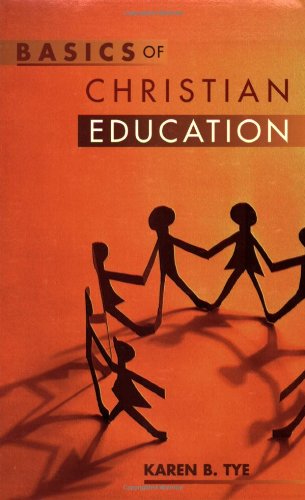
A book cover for Basics of Christian Education; Karen Tye; Religion & Spirituality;